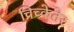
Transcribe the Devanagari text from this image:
च्रिच्केतेर